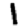
Digit: 1